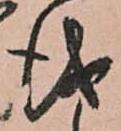
儀